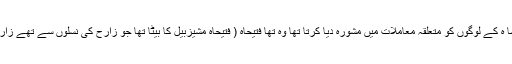
24 وہ آدمی جو بادشا ہ کے لوگوں کو متعلقہ معاملات میں مشورہ دیا کرتا تھا وہ تھا فتیحاہ ( فتیحاہ مشیزبیل کا بیٹا تھا جو زارح کی نسلوں سے تھے زارح یہودا ہ کا بیٹا تھا۔